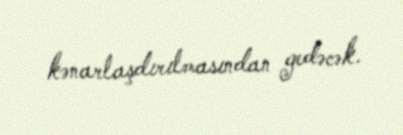
kənarlaşdırılmasından gedəcək.